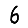
Digit: 6